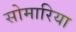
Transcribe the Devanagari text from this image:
सोमारिया